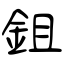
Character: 鉏